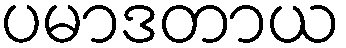
ပမာဒတာယ